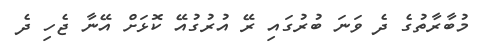
މުބާރާތުގެ ދެ ވަނަ ބުރުގައި ރޭ އުރުގުއޭ ކޮޅަށް އޭނާ ޖެހި ދެ